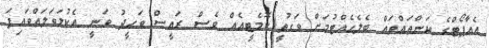
އެއާޕޯޓްގެ ކަންތައްތައް ބެލެހެއްޓުމަށް ވަގުތީ ކޮމެޓީއެއް ވެސް ރައީސް ވަހީދު ވަނީ އެކުލަވަލައްވައިފަ